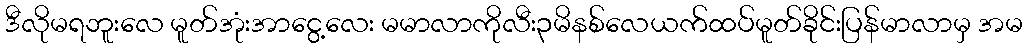
ဒီလိုမရဘူးလေ မူတ်အုံးအာငွေ့လေး မမာလာကိုလီး၃မိနစ်လေယက်ထပ်မူတ်ခိုင်းပြန်မာလာမှ အမ